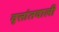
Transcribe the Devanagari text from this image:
वृत्तांतवाली